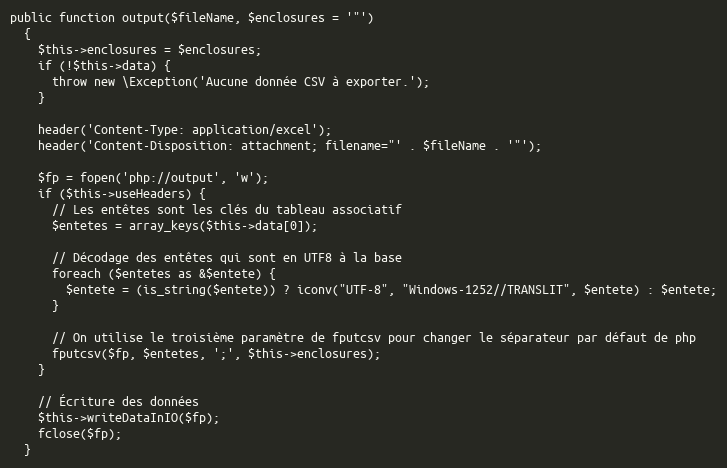
Language: PHP
public function output($fileName, $enclosures = '"')
  {
    $this->enclosures = $enclosures;
    if (!$this->data) {
      throw new \Exception('Aucune donnée CSV à exporter.');
    }

    header('Content-Type: application/excel');
    header('Content-Disposition: attachment; filename="' . $fileName . '"');

    $fp = fopen('php://output', 'w');
    if ($this->useHeaders) {
      // Les entêtes sont les clés du tableau associatif
      $entetes = array_keys($this->data[0]);

      // Décodage des entêtes qui sont en UTF8 à la base
      foreach ($entetes as &$entete) {
        $entete = (is_string($entete)) ? iconv("UTF-8", "Windows-1252//TRANSLIT", $entete) : $entete;
      }

      // On utilise le troisième paramètre de fputcsv pour changer le séparateur par défaut de php
      fputcsv($fp, $entetes, ';', $this->enclosures);
    }

    // Écriture des données
    $this->writeDataInIO($fp);
    fclose($fp);
  }